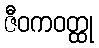
ဇီဝကဝတ္ထု